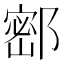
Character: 𰻺